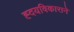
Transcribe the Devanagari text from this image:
ह्दयविकाराने